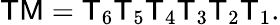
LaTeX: \mathsf{TM}=\mathsf{T}_{6}\mathsf{T}_{5}\mathsf{T}_{4}\mathsf{T}_{3}\mathsf{T}_{2}\mathsf{T}_{1}.